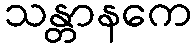
သန္တာနကေ